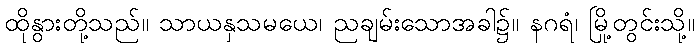
ထိုနွားတို့သည်။ သာယနှသမယေ၊ ညချမ်းသောအခါ၌။ နဂရံ၊ မြို့တွင်းသို့။